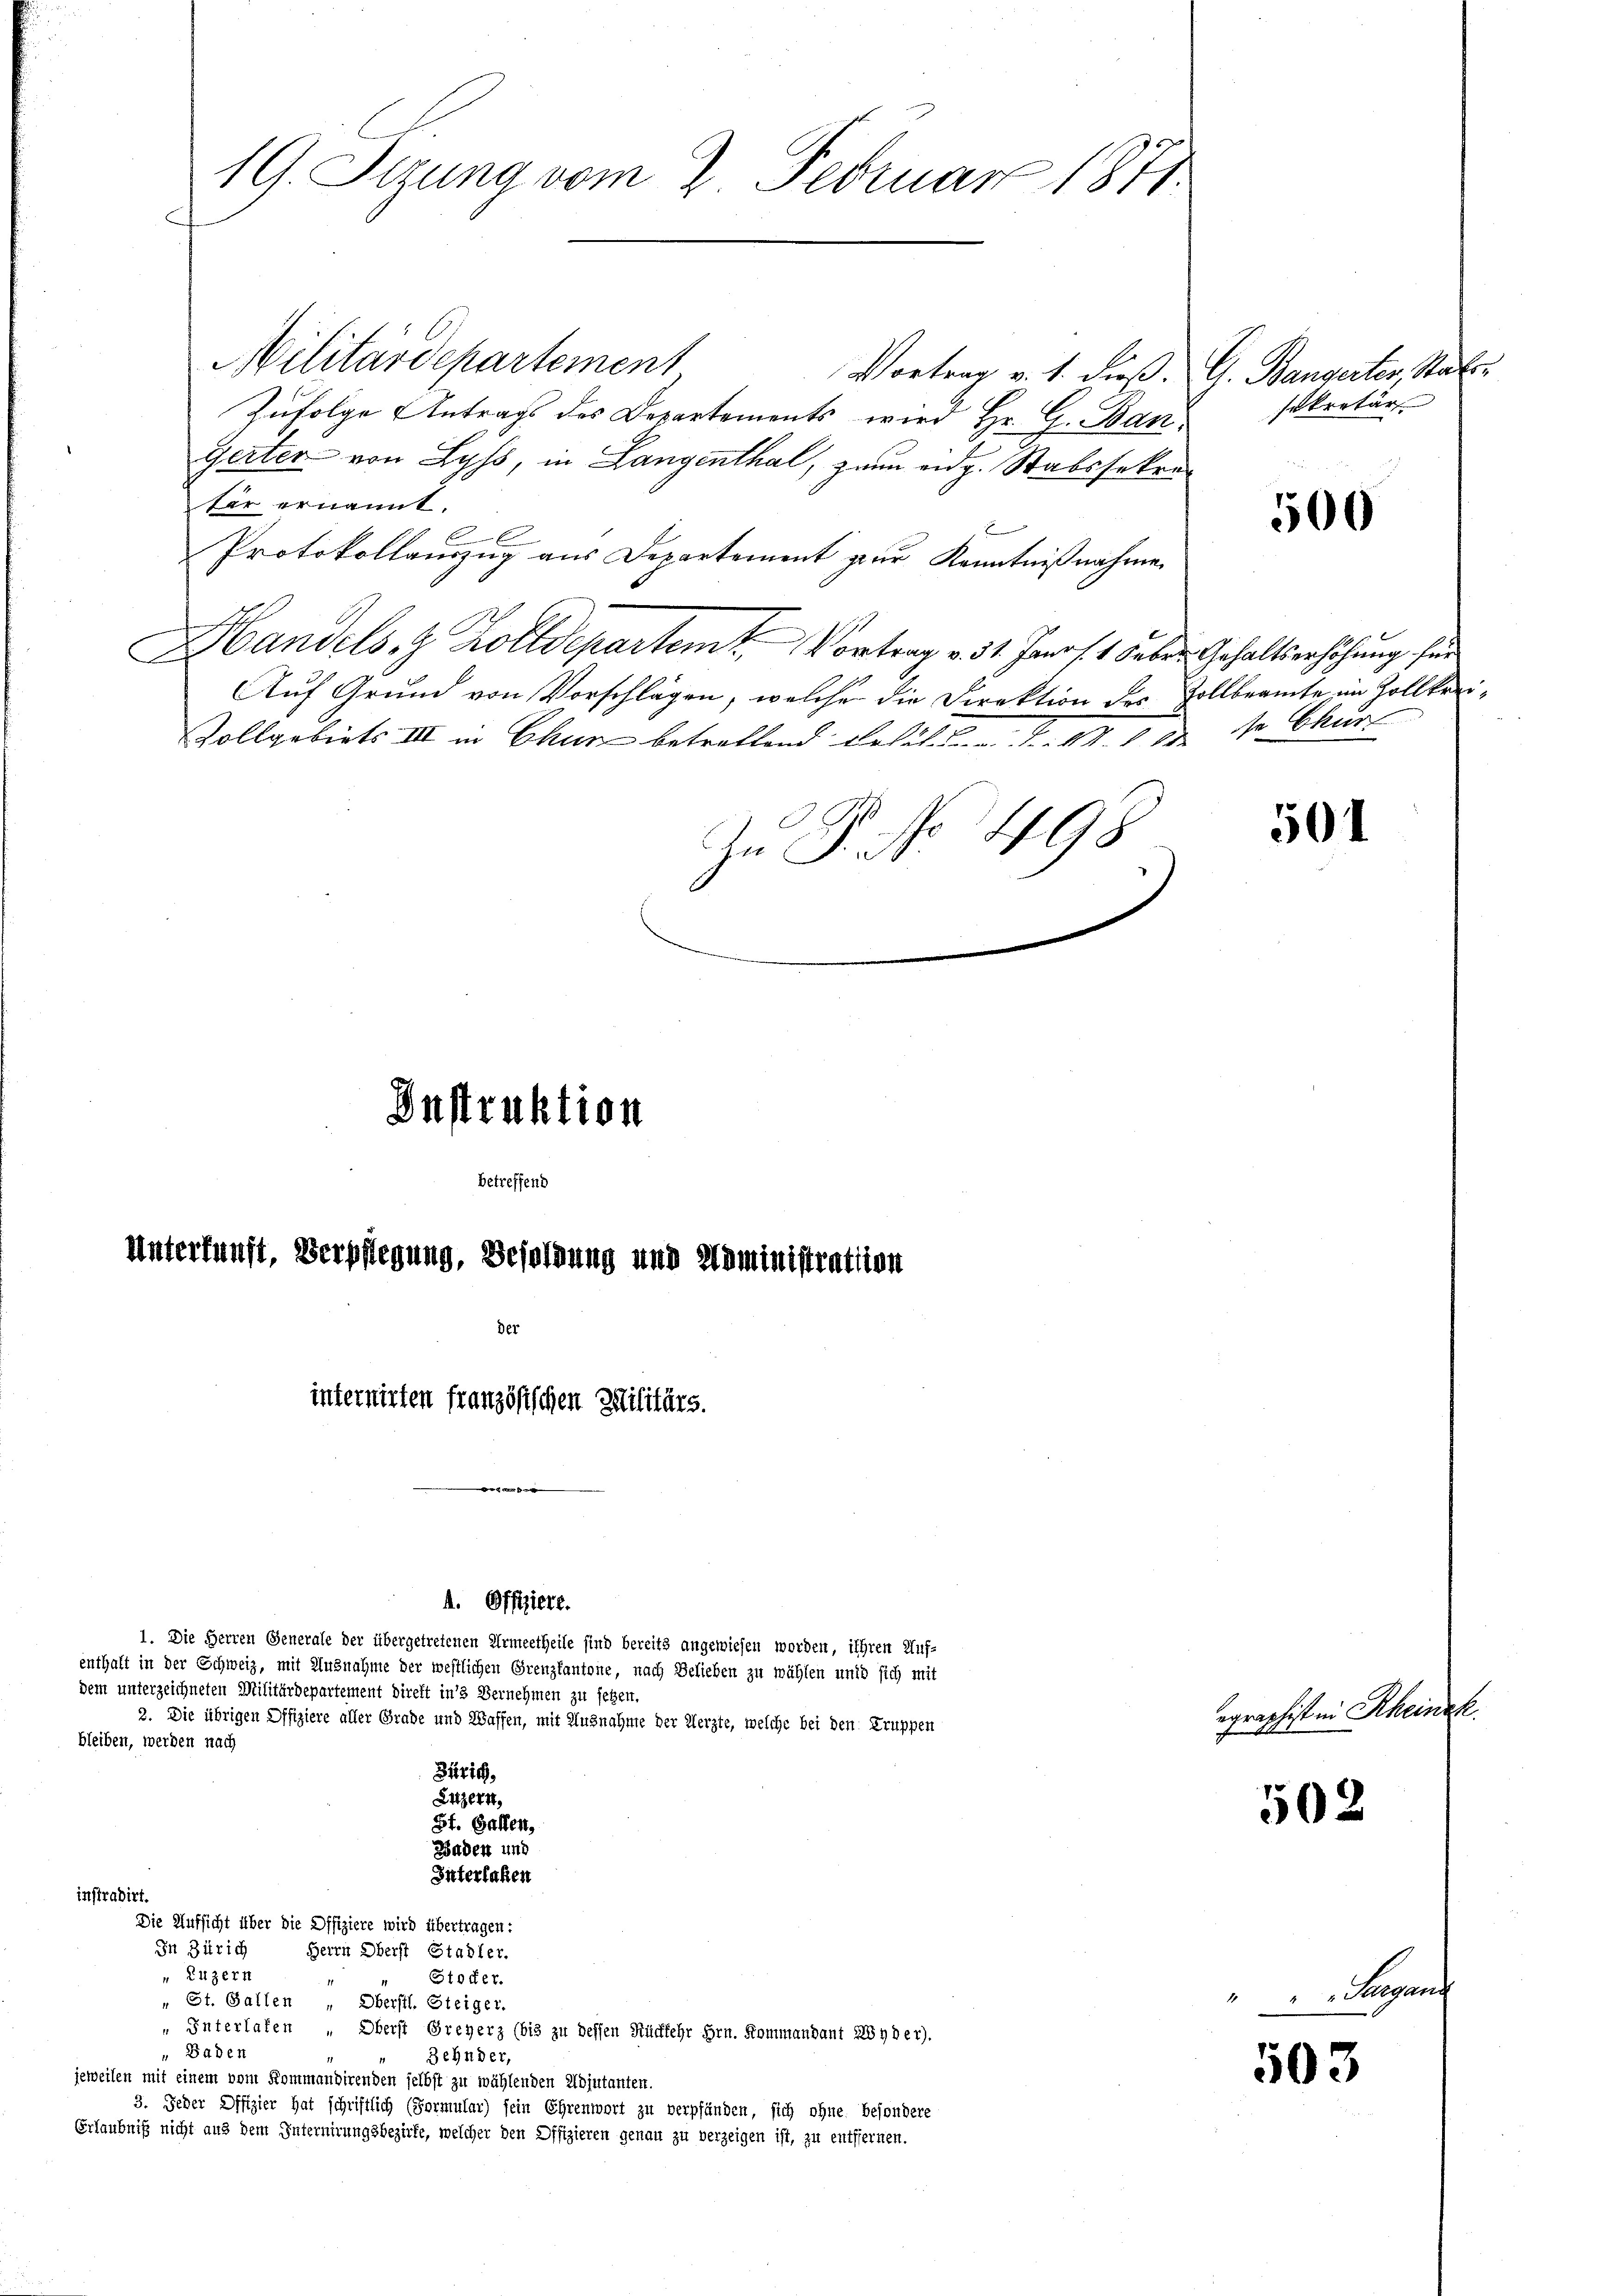
19. Sizung vom 2. Februar 1871

Militärdepartement
Vortrag v. 1. dieß. A. Bangerter, Stat
Zufolge Antrags des Departements wird Hr. G. Ban
Gerter von Lyss, in Langenthal, zum eidg. Stabssekre
ter ernannt.
E
Protokollauszug aus Departement zur Kenntnißnahme
Handels. Z. Zolldepartem Vortrag v. 31. Janr. 1 Feber Gehaltserhöhung für
Auf Grund von Vorschlägen, welche die Direktion des Zollbeamte im Zollkrei¬
Vollgebiets III in Chur betrettend Lehrl. J. M. 18 s. Chur
e
No 498
In J. J.
Instruktion

betreffend
Unterkunft, Verpflegung, Besoldung und Kaministration
der
internirten französischen Militärs.

e

A. Offiziere.
1. Die Herren Generale der übergetretenen Armeetheile sind bereits angewiesen worden, ihren Auf-
enthalt in der Schweiz, mit Ausnahme der westlichen Grenzkantone, nach Belieben zu wählen und sich mit
dem unterzeichneten Militärdepartement direkt in’s Vernehmen zu sehen.
2. Die übrigen Offiziere aller Grade und Waffen, mit Ausnahme der Herzte, welche bei den Truppen
bleiben, werden nach
Zürich,
Eitzern,
St. Gallen,
Baden und
Interlaken
instradirt.
Die Aufsicht über die Offiziere wird übertragen:
In Zürich
Herrn Oberst Stadler.
 Luzern
" Stocker.
1
„ St. Gallen , Oberstl. Steiger.
Interlafen , Oberst Greyerz (bis zu deffen Rückfehr Hrn. Kommandant 2284 der).
Baden
3ehnder,
jeweilen mit einem vom Kommandirenden selbst zu wählenden Adjutanten.
3. Jeder Offizier hat schriftlich (Formular) sein Ehrenwort zu verpfänden, sich ohne besondere
Erlaubniß nicht aus dem Internirungsbezirke, welcher den Offizieren genau zu verzeigen ist, zu entfernen.

sekretär

500

501

egraphist in Rheinik.

502

503

Legen